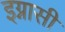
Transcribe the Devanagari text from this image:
इग्नासी